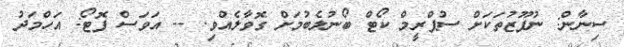
ސިނާން: ނުފޫޒުތަކަށް ސުޕްރީމް ކޯޓް ބޯނުލެބުމަށް ގޮވާލެއްވި. -- އަވަސް ފޮޓޯ: އަހްމަދު